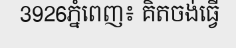
3926ភ្នំពេញ៖ គិតចង់ធ្វើ